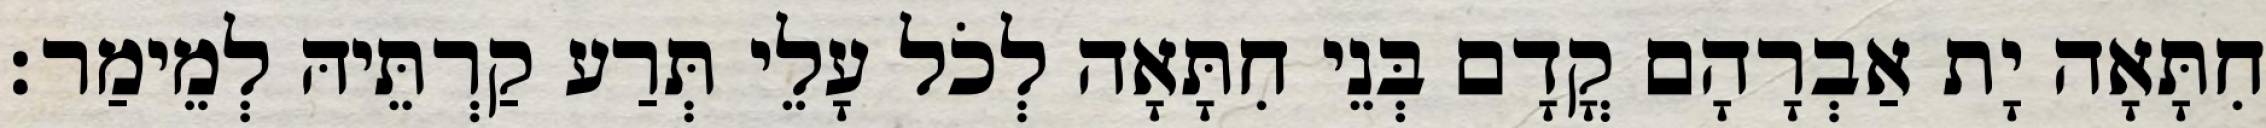
חִתָּאָה יָת אַבְרָהָם קֳדָם בְּנֵי חִתָּאָה לְכֹל עָלֵי תְּרַע קַרְתֵּיהּ לְמֵימַר׃